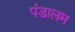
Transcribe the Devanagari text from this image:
पंडालम